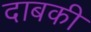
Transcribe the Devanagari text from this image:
दाबकी